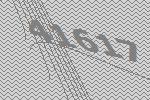
41617